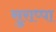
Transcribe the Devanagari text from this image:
सुराप्पा